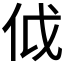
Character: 𠇘